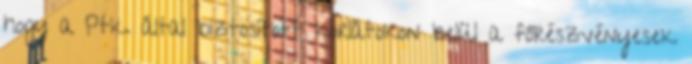
hogy a Ptk. által biztosított korlátokon belül a főrészvényesek